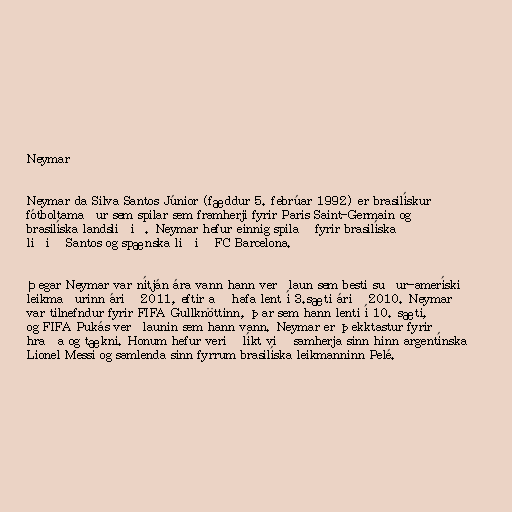
Neymar

Neymar da Silva Santos Júnior (fæddur 5. febrúar 1992) er brasilískur
fótboltamaður sem spilar sem framherji fyrir Paris Saint-Germain og
brasilíska landsliðið. Neymar hefur einnig spilað fyrir brasilíska
liðið Santos og spænska liðið FC Barcelona.

Þegar Neymar var nítján ára vann hann verðlaun sem besti suður-ameríski
leikmaðurinn árið 2011, eftir að hafa lent í 3.sæti árið 2010. Neymar
var tilnefndur fyrir FIFA Gullknöttinn, þar sem hann lenti í 10. sæti,
og FIFA Pukás verðlaunin sem hann vann. Neymar er þekktastur fyrir
hraða og tækni. Honum hefur verið líkt við samherja sinn hinn argentínska
Lionel Messi og samlenda sinn fyrrum brasilíska leikmanninn Pelé.